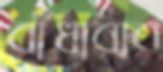
বাঁধাবার